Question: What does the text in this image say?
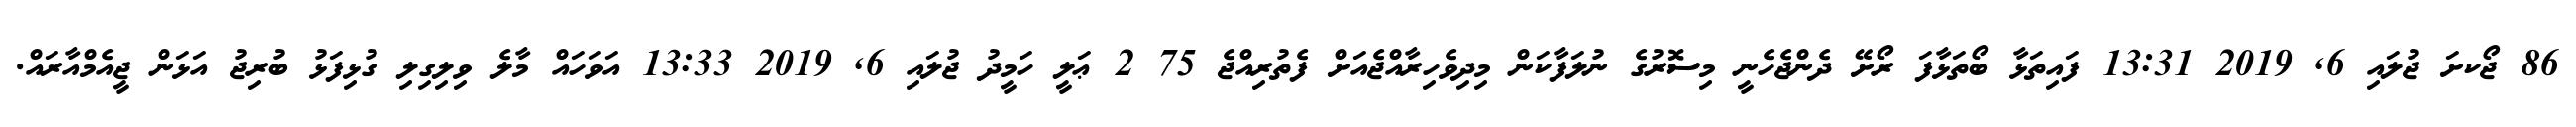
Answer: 86 ޖޯކށަ ޖުލައި 6, 2019 13:31 ފައިތަޅާ ބޯތަޅާފަ ރޯށޭ ދެންޖެހެނީ މިސޮރުގެ ނުލަފާކަން މިދިވެހިރާއްޖެއަށް ފެތުރިއްޖެ 75 2 ޢަލީ ހަމީދު ޖުލައި 6, 2019 13:33 އަވަހައް މާލެ ވިލިގިލި ގުޅިފަޅު ބުރިޖު އަޅަން ޖީއެމްއާރައް.